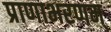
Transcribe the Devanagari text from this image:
प्राणाभरणम्‌